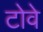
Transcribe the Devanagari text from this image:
टोवे